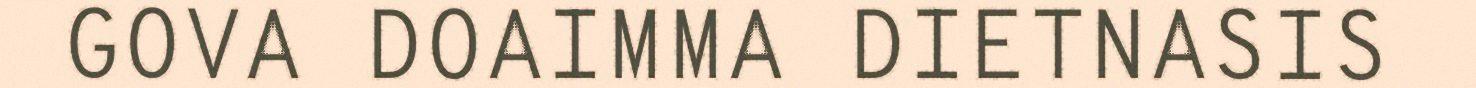
GOVA DOAIMMA DIETNASIS